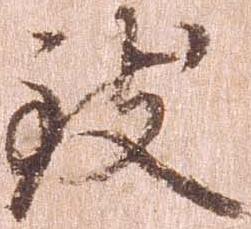
致